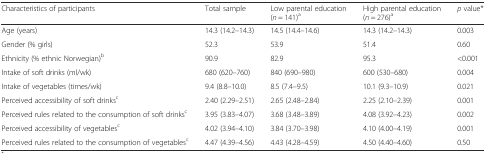
<table><thead><tr><td><b>Characteristics of participants</b></td><td><b>Total sample</b></td><td><b>Low parental education (<i>n</i> = 141)<sup>a</sup></b></td><td><b>High parental education (<i>n</i> = 276)<sup>a</sup></b></td><td><b><i>p</i> value*</b></td></tr></thead><tbody><tr><td>Age (years)</td><td>14.3 (14.2–14.3)</td><td>14.5 (14.4–14.6)</td><td>14.3 (14.2–14.3)</td><td>0.003</td></tr><tr><td>Gender (% girls)</td><td>52.3</td><td>53.9</td><td>51.4</td><td>0.60</td></tr><tr><td>Ethnicity (% ethnic Norwegian)<sup>b</sup></td><td>90.9</td><td>82.9</td><td>95.3</td><td>&lt;0.001</td></tr><tr><td>Intake of soft drinks (ml/wk)</td><td>680 (620–760)</td><td>840 (690–980)</td><td>600 (530–680)</td><td>0.004</td></tr><tr><td>Intake of vegetables (times/wk)</td><td>9.4 (8.8–10.0)</td><td>8.5 (7.4–9.5)</td><td>10.1 (9.3–10.9)</td><td>0.021</td></tr><tr><td>Perceived accessibility of soft drinks<sup>c</sup></td><td>2.40 (2.29–2.51)</td><td>2.65 (2.48–2.84)</td><td>2.25 (2.10–2.39)</td><td>0.001</td></tr><tr><td>Perceived rules related to the consumption of soft drinks<sup>c</sup></td><td>3.95 (3.83–4.07)</td><td>3.68 (3.48–3.89)</td><td>4.08 (3.92–4.23)</td><td>0.002</td></tr><tr><td>Perceived accessibility of vegetables<sup>c</sup></td><td>4.02 (3.94–4.10)</td><td>3.84 (3.70–3.98)</td><td>4.10 (4.00–4.19)</td><td>0.001</td></tr><tr><td>Perceived rules related to the consumption of vegetables<sup>c</sup></td><td>4.47 (4.39–4.56)</td><td>4.43 (4.28–4.59)</td><td>4.50 (4.40–4.60)</td><td>0.50</td></tr></tbody></table>